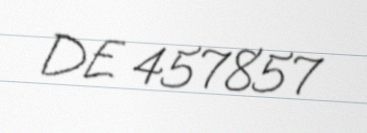
DE 457857